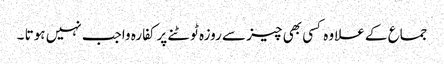
جماع کے علاوہ کسی بھی چیز سے روزہ ٹوٹنے پرکفارہ واجب نہیں ہوتا ۔